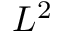
L ^ { 2 }